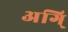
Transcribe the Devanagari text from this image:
अगि्